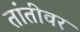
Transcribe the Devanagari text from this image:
तांतीवर